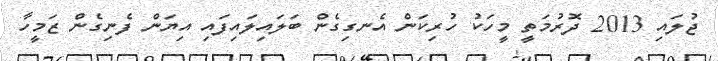
ޖުލައި 2013 ދޮރުމަތީ މީހަކު ހުރިކަން އެނގިގެން ބަލައިލައިފައި އިޔަން ފެނިގެން ޒަމީހާ